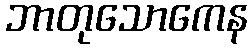
ဘာတုသောကေန